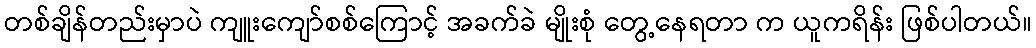
တစ်ချိန်တည်းမှာပဲ ကျူးကျော်စစ်ကြောင့် အခက်ခဲ မျိုးစုံ တွေ့နေရတာ က ယူကရိန်း ဖြစ်ပါတယ်။